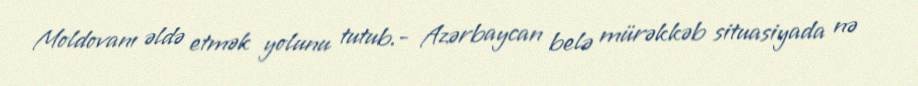
Moldovanı əldə etmək yolunu tutub.- Azərbaycan belə mürəkkəb situasiyada nə